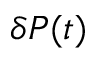
\delta P ( t )